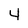
Character: 4